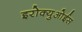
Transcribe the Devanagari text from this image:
इरोक्युओईस